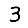
Digit: 3